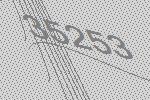
35253